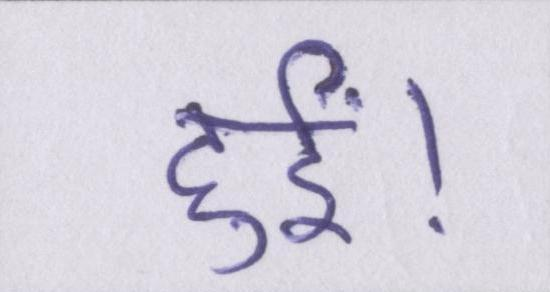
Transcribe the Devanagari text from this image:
हुईं।